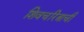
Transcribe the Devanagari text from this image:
शिवचरित्राची